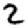
Digit: 2